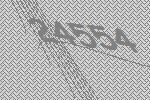
24554